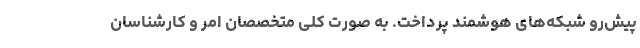
پیش‌رو شبکه‌های هوشمند پرداخت. به صورت کلی متخصصان امر و کارشناسان